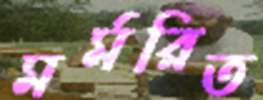
মর্মরিত